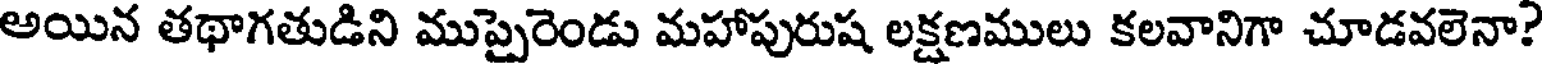
అయిన తథాగతుడిని ముప్పైరెండు మహాపురుష లక్షణములు కలవానిగా చూడవలెనా?